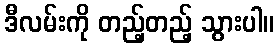
ဒီလမ်းကို တည့်တည့် သွားပါ။